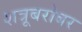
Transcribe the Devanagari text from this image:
शत्रूबरोबर